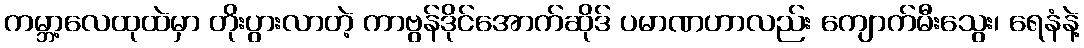
ကမ္ဘာ့လေထုထဲမှာ တိုးပွားလာတဲ့ ကာဗွန်ဒိုင်အောက်ဆိုဒ် ပမာဏဟာလည်း ကျောက်မီးသွေး၊ ရေနံနဲ့